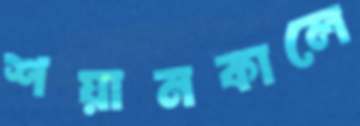
শয়ানকালে